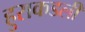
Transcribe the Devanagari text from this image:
हुराकडली